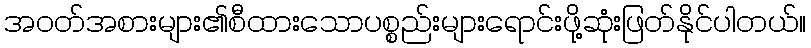
အဝတ်အစားများ၏စီထားသောပစ္စည်းများရောင်းဖို့ဆုံးဖြတ်နိုင်ပါတယ်။